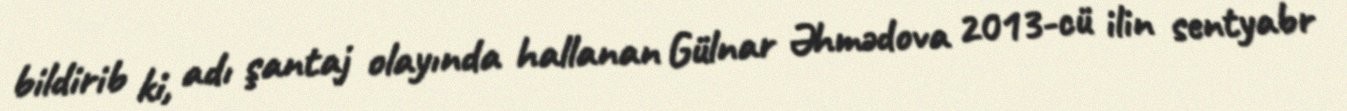
bildirib ki, adı şantaj olayında hallanan Gülnar Əhmədova 2013-cü ilin sentyabr